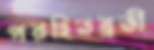
পরহিতব্রতী